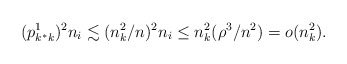
\begin{align*} (p^1_{k^*k})^2 n_i \lesssim (n_k^2/n)^2n_i \le n_k^2 (\rho^3/n^2) = o(n_k^2). \end{align*}